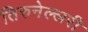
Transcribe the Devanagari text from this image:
तिरुनेल्लरी